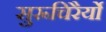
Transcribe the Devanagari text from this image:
सुरूचिरैर्यो